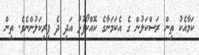
ކަމާއެކު ތިން ރަސްކަލުން ގެ އެކަމަނާގެ ކޮއްކޯފުޅު އަދި ދެ ފިރިކަލުންނެވެ. ތިން